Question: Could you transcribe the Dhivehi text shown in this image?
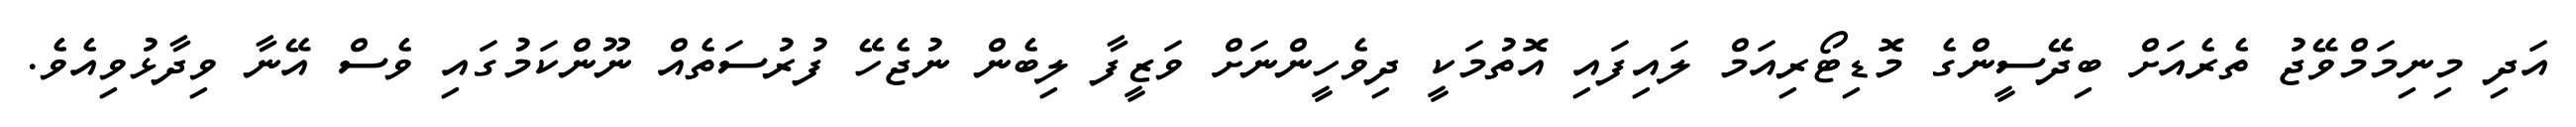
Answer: އަދި މިނިމަމްވޭޖު ތެރެއަށް ބިދޭސީންގެ މޮޑިޓޯރިއަމް ލައިފައި އޮތުމަކީ ދިވެހީންނަށް ވަޒީފާ ލިބެން ނުޖެހޭ ފުރުސަތެއް ނޫންކަމުގައި ވެސް އޭނާ ވިދާޅުވިއެވެ.